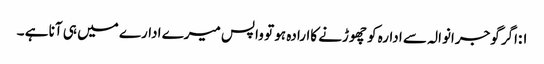
۱:اگر گوجرانوالہ سے ادارہ کو چھوڑنے کاارادہ ہو تو واپس میرے ادارے میں ہی آنا ہے ۔